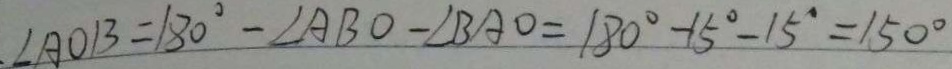
. \angle A O B = 1 8 0 ^ { \circ } - \angle A B O - \angle B A O = 1 8 0 ^ { \circ } - 1 5 ^ { \circ } - 1 5 ^ { \circ } = 1 5 0 ^ { \circ }